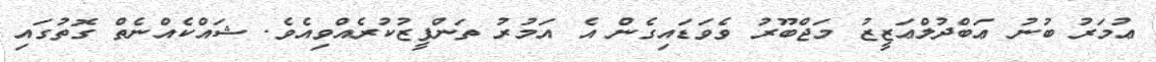
ޢުމަރު ބުނު ޢަބްދުލްޢަޒީޒު މަޖްބޫރު ވެވަޑައިގެން އެ އަމުރު ތަންފީޒުކުރެއްވިއެވެ. ޝައްކެއްނެތް ގޮތުގައި